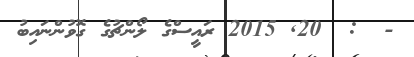
-  :  20